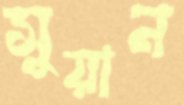
সুয়ান